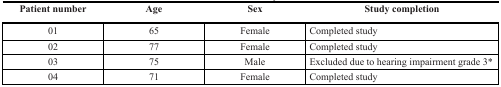
<table><thead><tr><td><b>Patient number</b></td><td><b>Age</b></td><td><b>Sex</b></td><td><b>Study completion</b></td></tr></thead><tbody><tr><td>01</td><td>65</td><td>Female</td><td>Completed study</td></tr><tr><td>02</td><td>77</td><td>Female</td><td>Completed study</td></tr><tr><td>03</td><td>75</td><td>Male</td><td>Excluded due to hearing impairment grade 3*</td></tr><tr><td>04</td><td>71</td><td>Female</td><td>Completed study</td></tr></tbody></table>